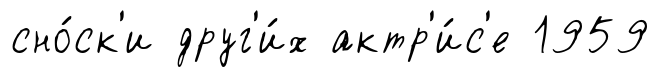
сно́ск'и друг'и́х актр'и́с'е 1959